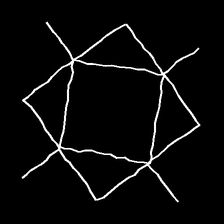
Glyph: light